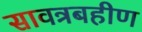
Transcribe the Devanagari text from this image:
सावत्रबहीण